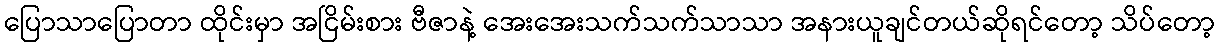
ပြောသာပြောတာ ထိုင်းမှာ အငြိမ်းစား ဗီဇာနဲ့ အေးအေးသက်သက်သာသာ အနားယူချင်တယ်ဆိုရင်တော့ သိပ်တော့